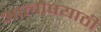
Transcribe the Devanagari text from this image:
आलोपयाठी